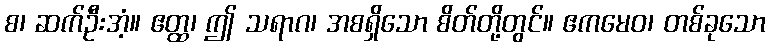
စ၊ ဆက်ဦးအံ့။ ဧတ္ထ၊ ဤ သရာဂ၊ အစရှိသော စိတ်တို့တွင်။ ဧကမေဝ၊ တစ်ခုသော